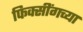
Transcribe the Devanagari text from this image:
फिक्सींगच्या